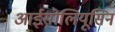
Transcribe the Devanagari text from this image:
आईसोलियूसिन